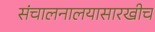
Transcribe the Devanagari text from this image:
संचालनालयासारखीच